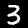
Digit: 3